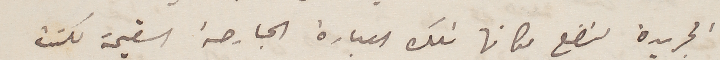
الجريدة لتضع مكانها تلك العبارة الجارحة السقيمة لكنت